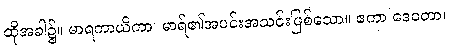
ထိုအခါ၌။ မာရကာယိကာ၊ မာရ်၏အပင်းအသင်းဖြစ်သော။ ဧကာ ဒေဝတာ၊